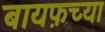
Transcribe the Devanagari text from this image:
बायफ़च्या